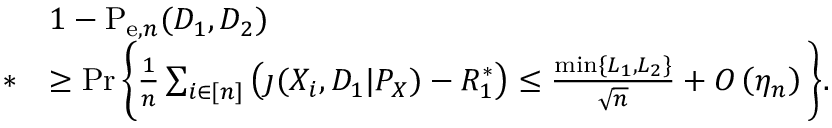
\begin{array} { r l } & { 1 - \mathrm { P } _ { \mathrm { e } , n } ( D _ { 1 } , D _ { 2 } ) } \\ { * } & { \geq \operatorname* { P r } \bigg \{ \frac { 1 } { n } \sum _ { i \in [ n ] } \left( \jmath ( X _ { i } , D _ { 1 } | P _ { X } ) - R _ { 1 } ^ { * } \right) \leq \frac { \operatorname* { m i n } \{ L _ { 1 } , L _ { 2 } \} } { \sqrt { n } } + O \left( \eta _ { n } \right) \bigg \} . } \end{array}